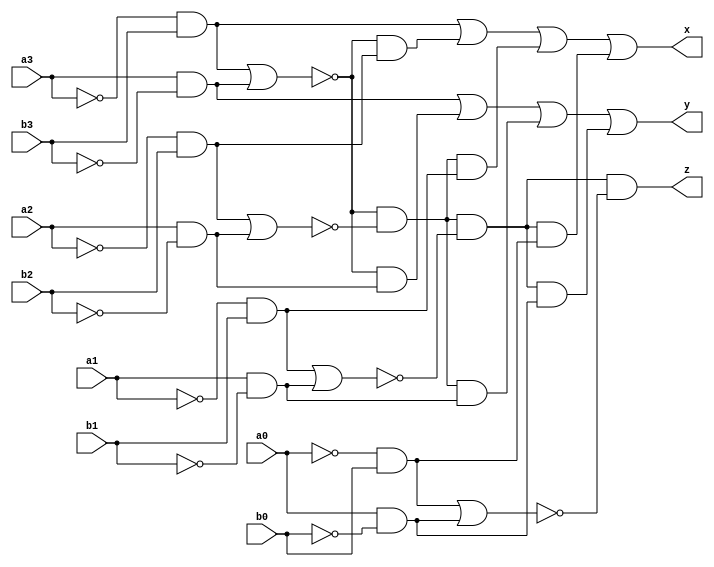
module comparator(a3,a2,a1,a0,b3,b2,b1,b0,x,y,z); // x: b is greater, y: b is smaller, z is equal
input a3,a2,a1,a0,b3,b2,b1,b0;
output x,y,z;
wire c3,c2,c1,c0, d3,d2,d1,d0;
	not(c3,a3);
	not(c2,a2);
	not(c1,a1);
	not(c0,a0);
	not(d3,b3);
	not(d2,b2);
	not(d1,b1);
	not(d0,b0);
wire e,f,g,h,i,j,k,l;
	and(e,c3,b3);
	and(f,a3,d3);
	and(g,c2,b2);
	and(h,a2,d2);
	and(i,c1,b1);
	and(j,a1,d1);
	and(k,c0,b0);
	and(l,a0,d0);
wire m,n,o,p;
	nor(m,e,f);
	nor(n,g,h);
	nor(o,i,j);
	nor(p,k,l);
wire q,r,s,t,u,v;
	and(q,m,g);
	and(r,m,h);
	and(s,m,n,i);
	and(t,m,n,j);
	and(u,m,n,o,k);
	and(v,m,n,o,l);
	
	or(x,e,q,s,u);
	or(y,f,r,t,v);
	and(z,m,n,o,p);
endmodule


module tb_comparator;
reg a3,a2,a1,a0,b3,b2,b1,b0;
wire x,y,z;
comparator comp(a3,a2,a1,a0,b3,b2,b1,b0,x,y,z);
initial
begin
	$monitor(,$time," a3=%b, a2=%b, a1=%b a0=%b b3=%b b2=%b b1=%b b0=%b x=%b y=%b z=%b",a3,a2,a1,a0,b3,b2,b1,b0,x,y,z);
	#0 a3=1'b0;a2=1'b0; a1=1'b0; a0=1'b0; b3=1'b0;b2=1'b0; b1=1'b0; b0=1'b0;
	#1 a3=1'b0;a2=1'b0; a1=1'b0; a0=1'b0; b3=1'b0;b2=1'b0; b1=1'b0; b0=1'b1;
	#2 a3=1'b0;a2=1'b0; a1=1'b1; a0=1'b0; b3=1'b0;b2=1'b0; b1=1'b0; b0=1'b0;
	#3 a3=1'b1;a2=1'b0; a1=1'b1; a0=1'b0; b3=1'b1;b2=1'b1; b1=1'b0; b0=1'b0;
	#2 a3=1'b1;a2=1'b1; a1=1'b0; a0=1'b1; b3=1'b1;b2=1'b1; b1=1'b0; b0=1'b1;
	#10 $finish;
end
endmodule